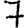
Digit: 7